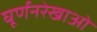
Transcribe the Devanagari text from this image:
घूर्णनरेखाओं